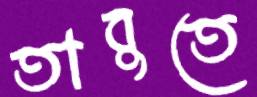
তাবুতে